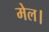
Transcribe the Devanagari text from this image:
मेल।